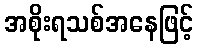
အစိုးရသစ်အနေဖြင့်